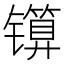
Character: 𬭾